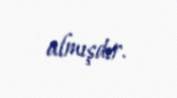
almışdır.